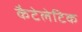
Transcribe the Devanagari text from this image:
कैटेलेटिक